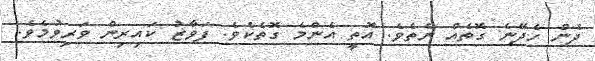
ދެން ހެދޭނެ ގޮތެއް ނެތެވެ. އޮތީ އެންމެ ގޮތެކެވެ. ފަވާޒު ކައިރިން ވަރިވުމެވެ.